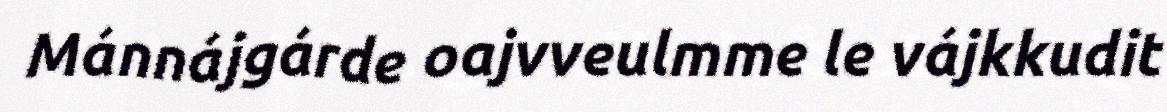
Mánnájgárde oajvveulmme le vájkkudit